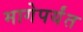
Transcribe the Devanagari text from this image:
मागेपर्यंत